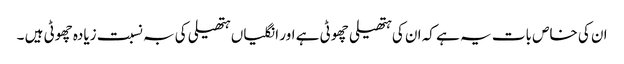
ان کی خاص بات یہ ہے کہ ان کی ہتھیلی چھوٹی ہے اور انگلیاں ہتھیلی کی بہ نسبت زیادہ چھوٹی ہیں ۔